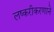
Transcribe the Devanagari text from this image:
लष्करीकरणाने